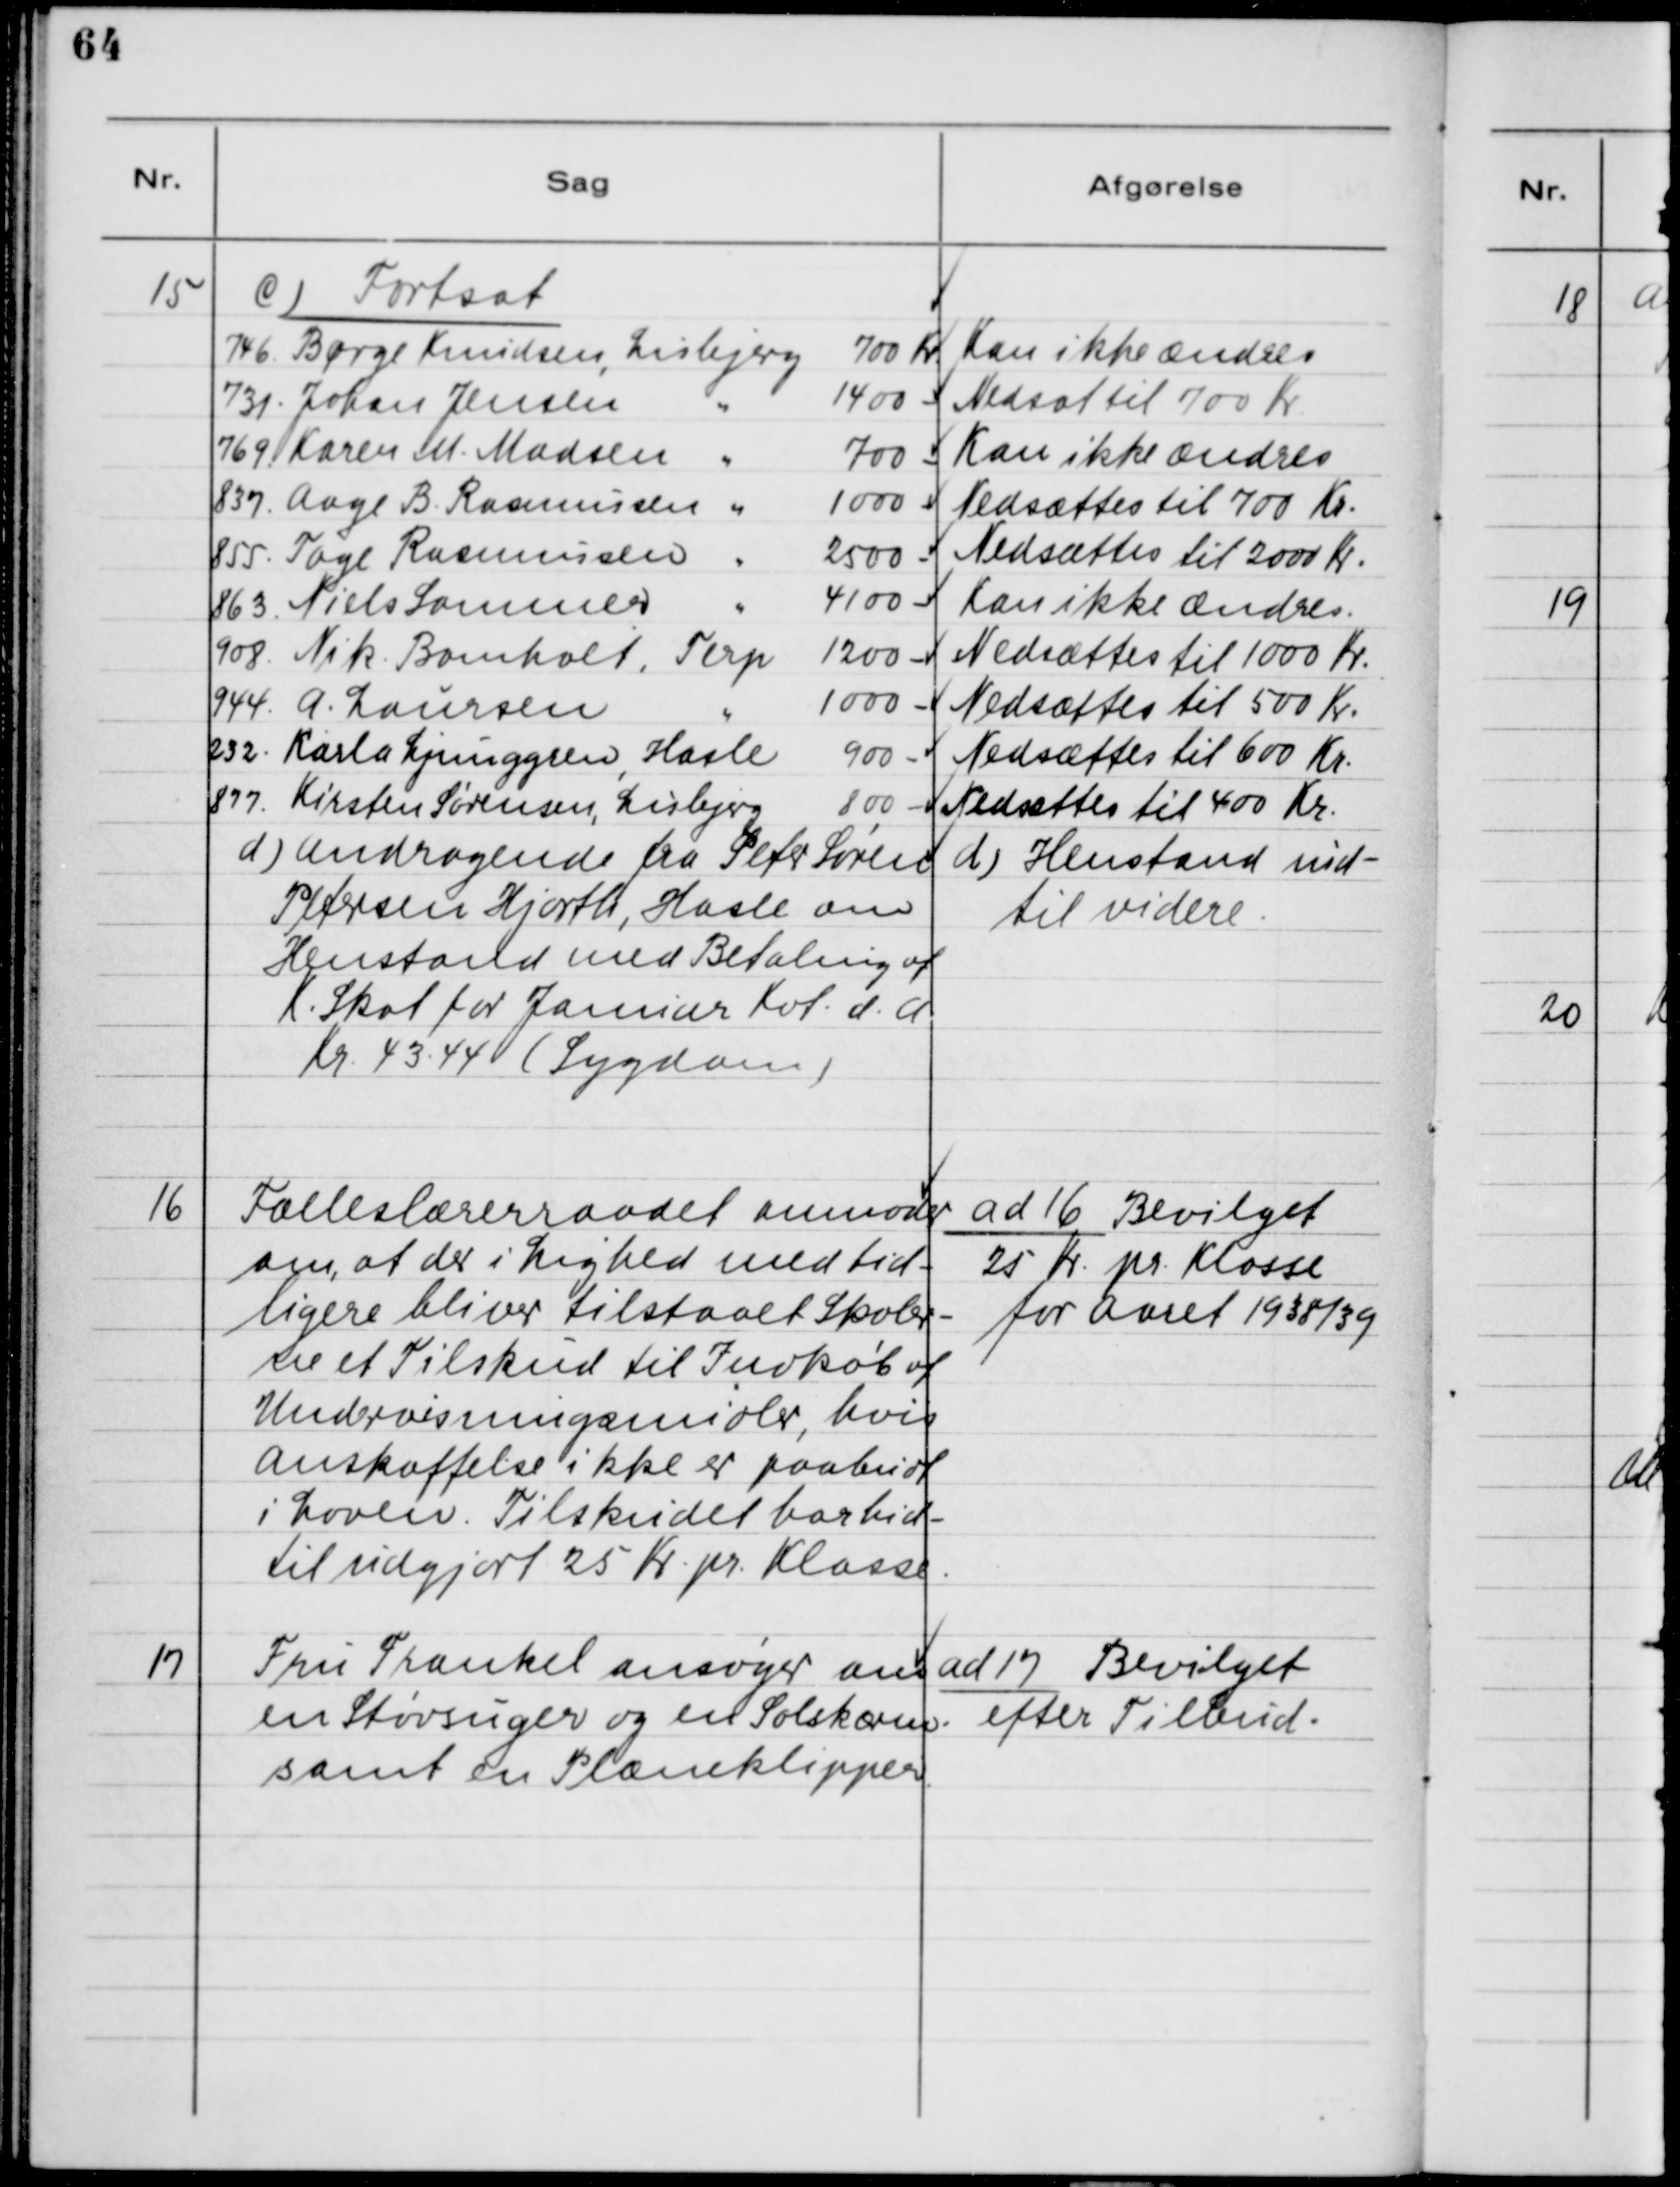
Transskription:
15. c) Fortsat
746. Børge Knudsen, Lisbjerg 700 Kr.
731. Johan Jensen, Lisbjerg 1400 Kr.
769. Karen M. Madsen, Lisbjerg 700 Kr.
837. Aage B. Rasmussen, Lisbjerg 1000 kr.
855. Tage Rasmussen, Lisbjerg 2500 Kr.
863. Niels Sommer, Lisbjerg 4100 Kr.
908. Nik. Bomholt, Terp 1200 Kr.
944. A. Laursen, Terp 1000 Kr.
232. Karla Ljunggren, Hasle 900 Kr.
877. Kirsten Sørensen, Lisbjerg 800 Kr.

Kan ikke ændres
Nedsat til 700 Kr.
Kan ikke ændres
Nedsættes til 700 Kr.
Nedsættes til 2000 Kr.
Kan ikke ændres
Nedsættes til 1000 Kr.
Nedsættes til 500 Kr.
Nedsættes til 600 Kr.
Nedsættes til 400 Kr.

d) Andragende fra Peter Søren
Petersen Hjorth, Hasle om
Henstand med Betaling af
K. Skat for Januar Kvt. d. A.
Kr. 43.44 (Sygdom)

d) Henstand ind-
til videre.

16. Fælleslærerraadet anmoder
om, at der i Lighed med tid-
ligere bliver tilstaaet Skoler-
ne et Tilskud til Indkøb af
Undervisningsmidler, hvis
Anskaffelse ikke er paabudt
i Loven. Tilskudet har hid-
til udgjort 25 Kr. pr. Klasse.

ad 16. Bevilget
25 Kr. pr. Klasse
for Aaret 1938/39.

17. Fru Frankel ansøger om
en Støvsuger og en Solskærm
samt en Plæneklipper.

ad 17. Bevilget
efter Tilbud.